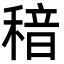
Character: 䅧